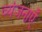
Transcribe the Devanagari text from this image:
व्यंजनाएँ